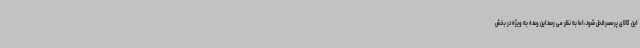
این کالای پرمصرفحل شود، اما به نظر می رسد این وعده به ویژه در بخش